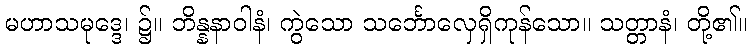
မဟာသမုဒ္ဒေ၊ ၌။ ဘိန္နနာဝါနံ၊ ကွဲသော သင်္ဘောလှေရှိကုန်သော။ သတ္တာနံ၊ တို့၏။